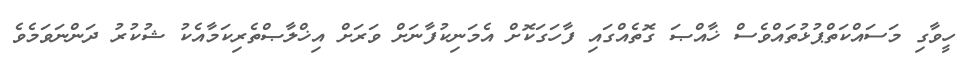
ހީވާގި މަސައްކަތްޕުޅުތައްވެސް ޚާއްޞަ ގޮތެއްގައި ފާހަގަކޮށް އެމަނިކުފާނަށް ވަރަށް އިޚްލާޞްތެރިކަމާއެކު ޝުކުރު ދަންނަވަމެވެ